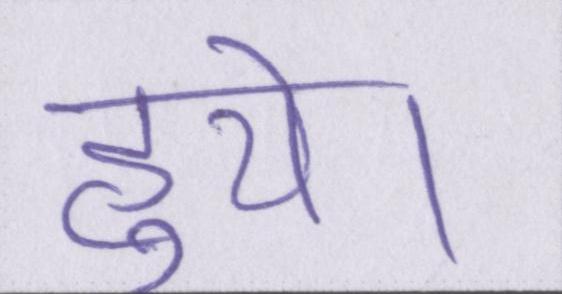
हुये।